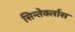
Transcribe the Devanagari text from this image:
सिन्तेर्क्लास